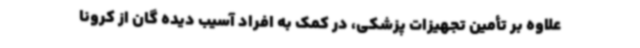
علاوه بر تأمین تجهیزات پزشکی، در کمک به افراد آسیب دیده گان از کرونا